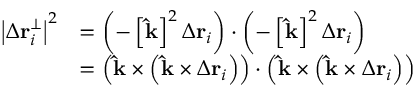
{ \begin{array} { r l } { \left| \Delta \mathbf { r } _ { i } ^ { \perp } \right| ^ { 2 } } & { = \left( - \left[ \mathbf { \hat { k } } \right] ^ { 2 } \Delta \mathbf { r } _ { i } \right) \cdot \left( - \left[ \mathbf { \hat { k } } \right] ^ { 2 } \Delta \mathbf { r } _ { i } \right) } \\ & { = \left( \mathbf { \hat { k } } \times \left( \mathbf { \hat { k } } \times \Delta \mathbf { r } _ { i } \right) \right) \cdot \left( \mathbf { \hat { k } } \times \left( \mathbf { \hat { k } } \times \Delta \mathbf { r } _ { i } \right) \right) } \end{array} }